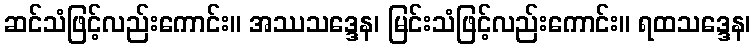
ဆင်သံဖြင့်လည်းကောင်း။ အဿသဒ္ဒေန၊ မြင်းသံဖြင့်လည်းကောင်း။ ရထသဒ္ဒေန၊